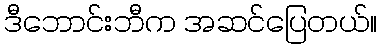
ဒီဘောင်းဘီက အဆင်ပြေတယ်။